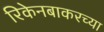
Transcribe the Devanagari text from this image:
रिकेनबाकरच्या